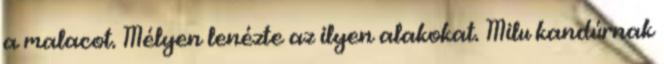
a malacot. Mélyen lenézte az ilyen alakokat. Milu kandúrnak